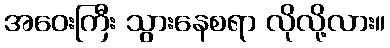
အဝေးကြီး သွားနေစရာ လိုလို့လား။